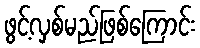
ဖွင့်လှစ်မည်ဖြစ်ကြောင်း